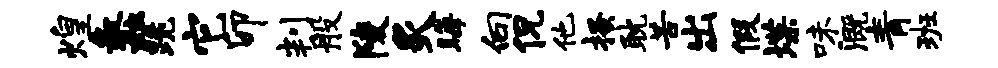
煌蠡跪它卯判般陵炙晦向侃他搔耽苦出假堞味溉青班